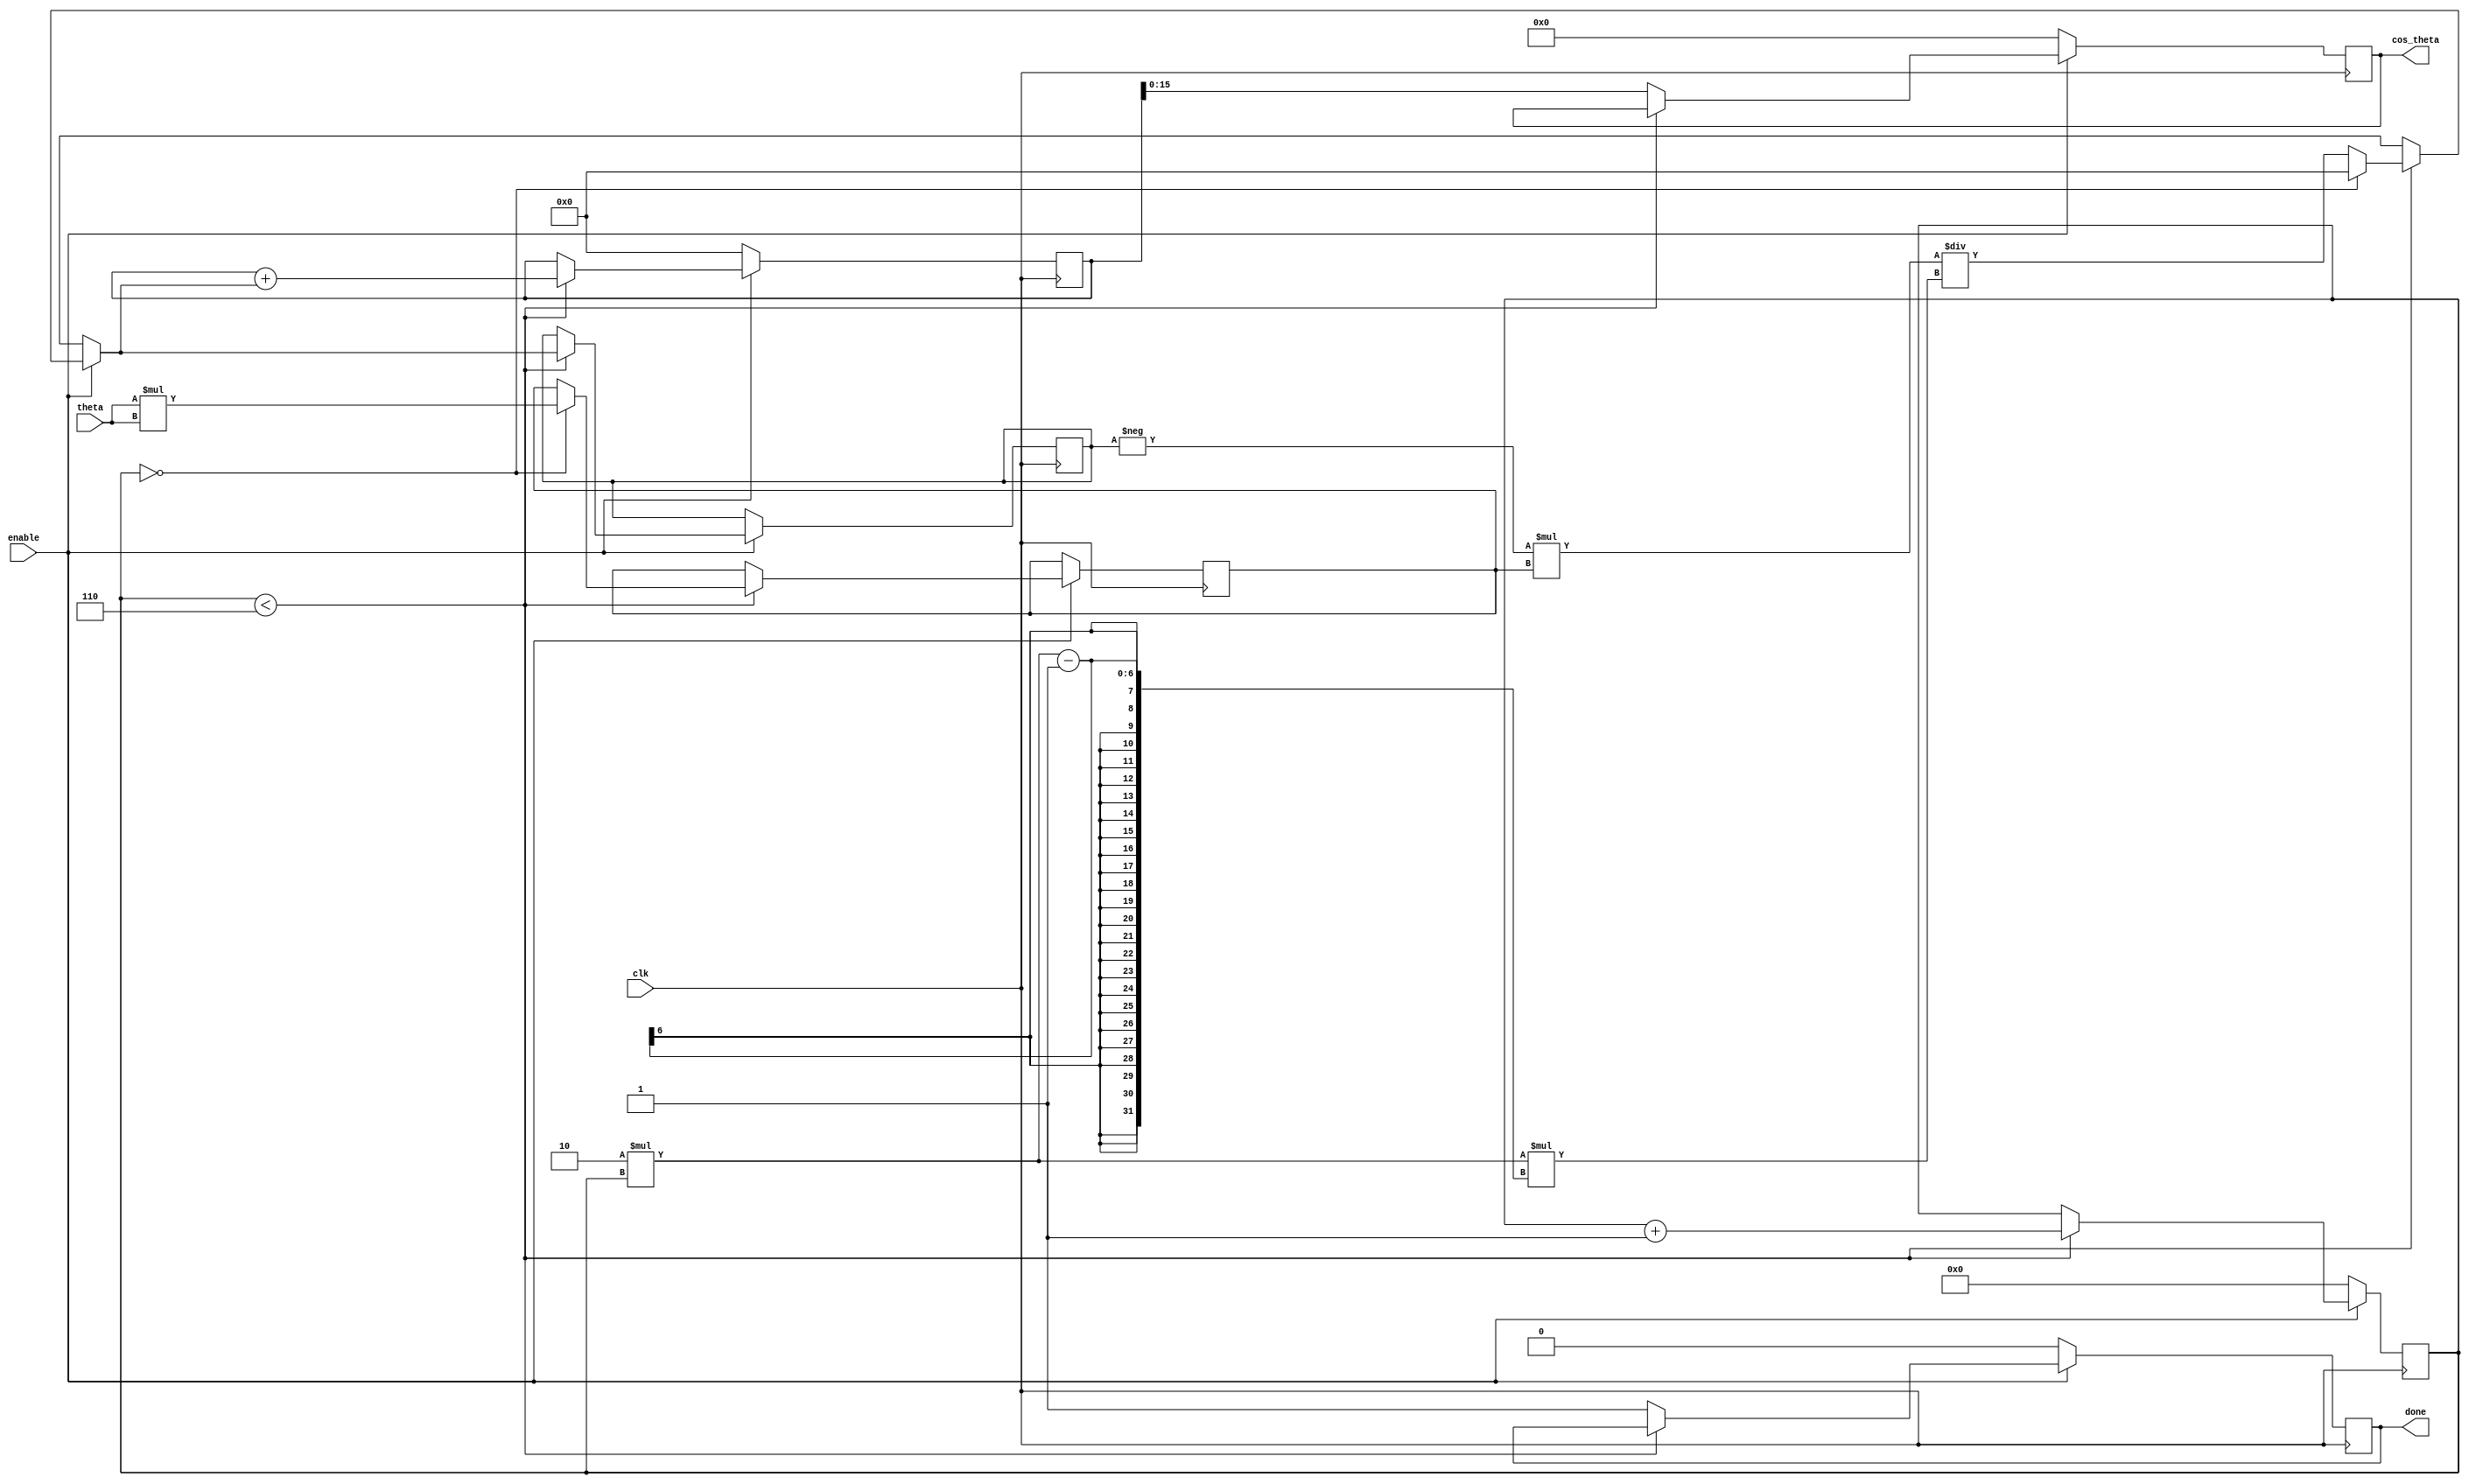
module cosine_block (
    input wire clk,               // Clock signal
    input wire enable,            // Enable signal
    input wire signed [15:0] theta, // Input angle in radians (fixed-point)
    output reg signed [15:0] cos_theta, // Output cosine value (fixed-point)
    output reg done               // Done signal
);

    // Fixed-point parameters
    parameter N_TERMS = 6;       // Number of terms in Taylor series
    parameter PI = 16'h3243;      // Fixed-point representation of pi (3.14159...)
    
    // Internal variables
    reg signed [31:0] term;       // Current term in the series
    reg signed [31:0] sum;        // Sum of terms
    reg [3:0] count;              // Counter for number of terms computed
    reg signed [31:0] x_squared;  // x^2 for cosine calculation

    // Initialize values
    initial begin
        cos_theta = 0;
        done = 0;
        count = 0;
        sum = 0;
    end

    // Compute cosine using Taylor series expansion
    always @(posedge clk) begin
        if (enable) begin
            if (count < N_TERMS) begin
                // Calculate x^2
                if (count == 0) begin
                    x_squared = theta * theta; // theta^2
                    term = 16'h1_0000; // First term: 1
                end else begin
                    // Compute the next term in the series
                    term = -term * x_squared / (2 * count * (2 * count - 1)); // (-1)^n * theta^(2n) / (2n)!
                end
                
                // Update sum
                sum = sum + term;
                count = count + 1;
            end else begin
                // Assign the final result and signal done
                cos_theta = sum[15:0]; // Take the lower 16 bits for output
                done = 1;
            end
        end else begin
            // Reset
            count = 0;
            sum = 0;
            cos_theta = 0;
            done = 0;
        end
    end
endmodule